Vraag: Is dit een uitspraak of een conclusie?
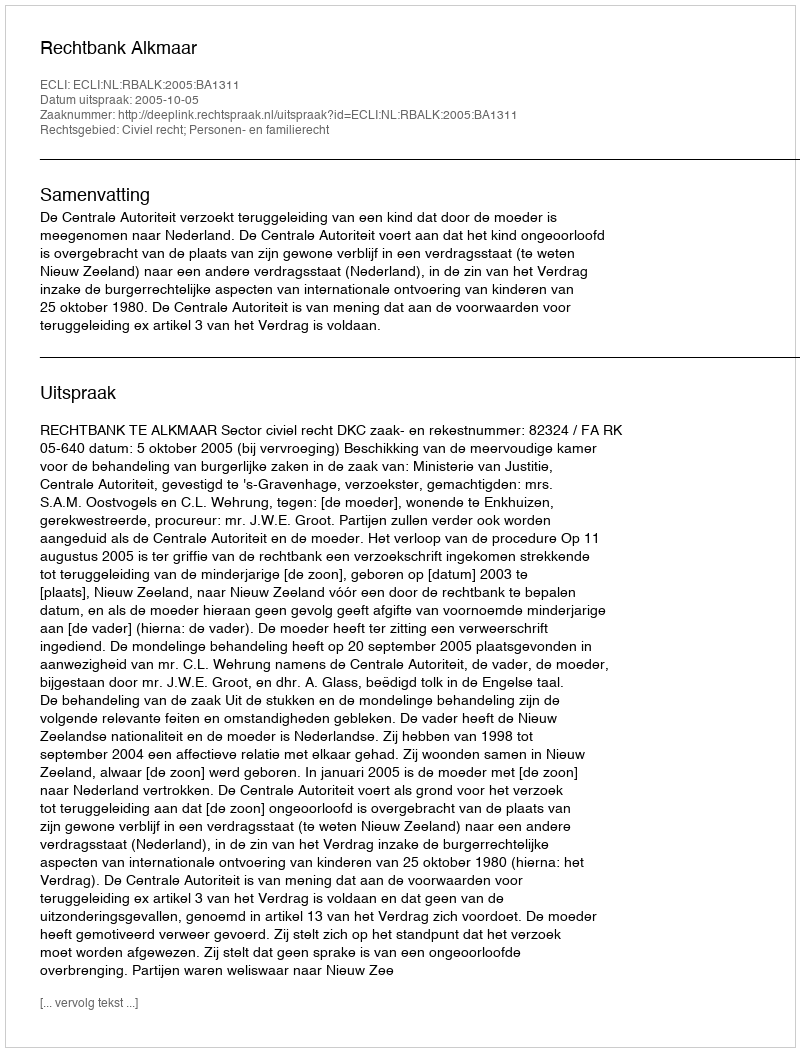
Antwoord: Uitspraak